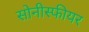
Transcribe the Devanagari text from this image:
सोनीस्फीयर